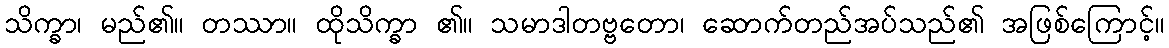
သိက္ခာ၊ မည်၏။ တဿာ။ ထိုသိက္ခာ ၏။ သမာဒါတဗ္ဗတော၊ ဆောက်တည်အပ်သည်၏ အဖြစ်ကြောင့်။